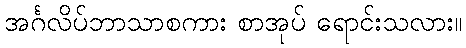
အင်္ဂလိပ်ဘာသာစကား စာအုပ် ရောင်းသလား။